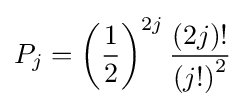
P_{j}=\left({\frac {1}{2}}\right)^{2j}{\frac {\left(2j\right)!}{\left(j!\right)^{2}}}